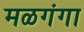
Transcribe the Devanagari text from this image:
मळगंगा